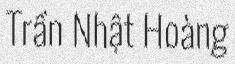
Trần Nhật Hoàng